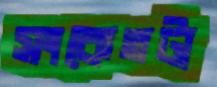
সংকেতটা